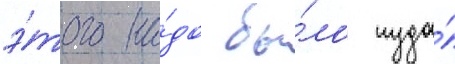
э́того на́до бы́ло туда́